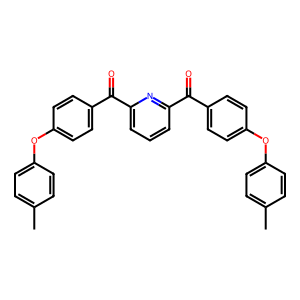
SMILES: Cc1ccc(Oc2ccc(C(=O)c3cccc(C(=O)c4ccc(Oc5ccc(C)cc5)cc4)n3)cc2)cc1
Inhibits HIV replication: No